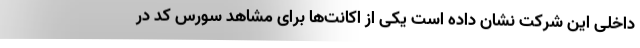
داخلی این شرکت نشان داده است یکی از اکانت‌ها برای مشاهد سورس کد در